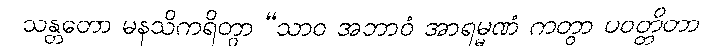
သန္တတော မနသိကရိတွာ “သာဝ အဘာဝံ အာရမ္မဏံ ကတွာ ပဝတ္တိတာ